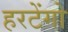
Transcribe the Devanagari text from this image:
हरटेंगो